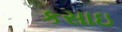
કસાઇ